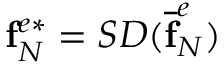
\mathbf { f } _ { N } ^ { e * } = S D ( \mathbf { \overline { { f } } } _ { N } ^ { e } )